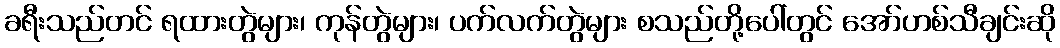
ခရီးသည်တင် ရထားတွဲများ၊ ကုန်တွဲများ၊ ပက်လက်တွဲများ စသည်တို့ပေါ်တွင် အော်ဟစ်သီချင်းဆို